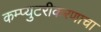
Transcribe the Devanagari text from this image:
कम्प्युटरीकरणाचा